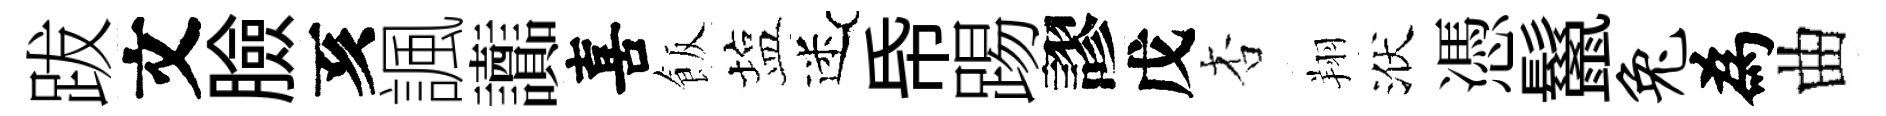
跋文臉亥諷讟喜飯塩迷帋踢謬戊杏翔洑憑鬣兔為曲